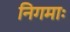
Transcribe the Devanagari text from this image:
निगमाः